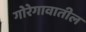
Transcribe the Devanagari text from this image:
गोरेगावातील